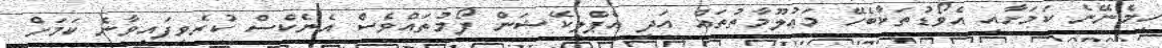
ހިމެނޭނެ ކަމަށާއި އެވޯޑުތަކާބެހޭ މަޢުލޫމާތުތައް އަދި އެޕްލިކޭޝަން ފޯމުތައްވެސް އެނެކްސް ކުރެވިފައިވާނެ ކަމަށް